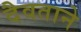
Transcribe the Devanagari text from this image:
दैवताने